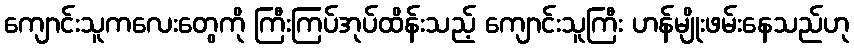
ကျောင်းသူကလေးတွေကို ကြီးကြပ်အုပ်ထိန်းသည့် ကျောင်းသူကြီး ဟန်မျိုးဖမ်းနေသည်ဟု